Training of teachers. Junior students, 1910
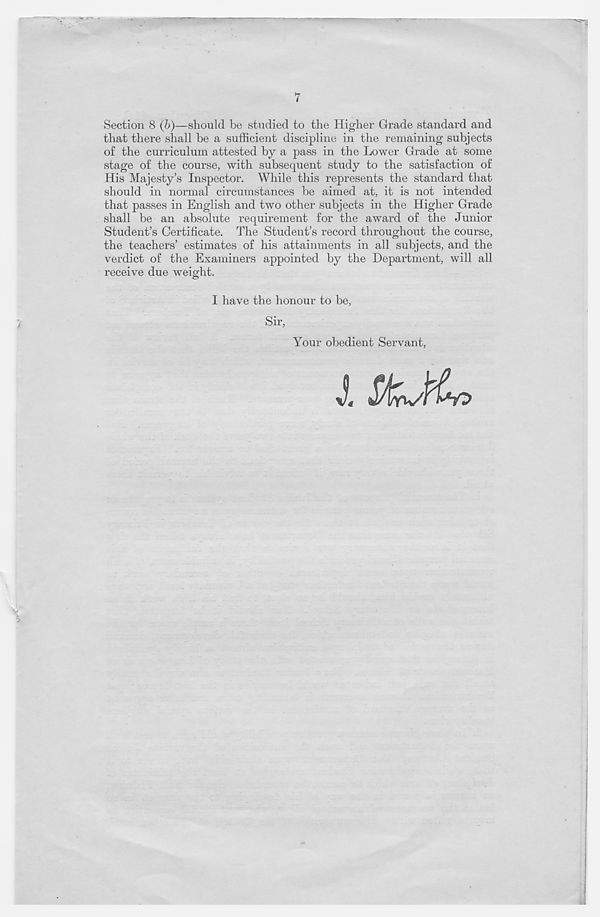
7
Section 8 (b)—should be studied to the Higher Grade standard and
that there shall be a sufficient discipline in the remaining subjects
of the curriculum attested by a pass in the Lower Grade at some
stage of the course, with subsequent study to the satisfaction of
His Majesty’s Inspector. While this represents the standard that
should in normal circumstances be aimed at, it is not intended
that passes in English and two other subjects in the Higher Grade
shall be an absolute requirement for the award of the Junior
Student’s Certificate. The Student’s record throughout the course,
the teachers’ estimates of his attainments in all subjects, and the
verdict of the Examiners appointed by the Department, will all
receive due weight.
I have the honour to be,
Sir,
Your obedient Servant,